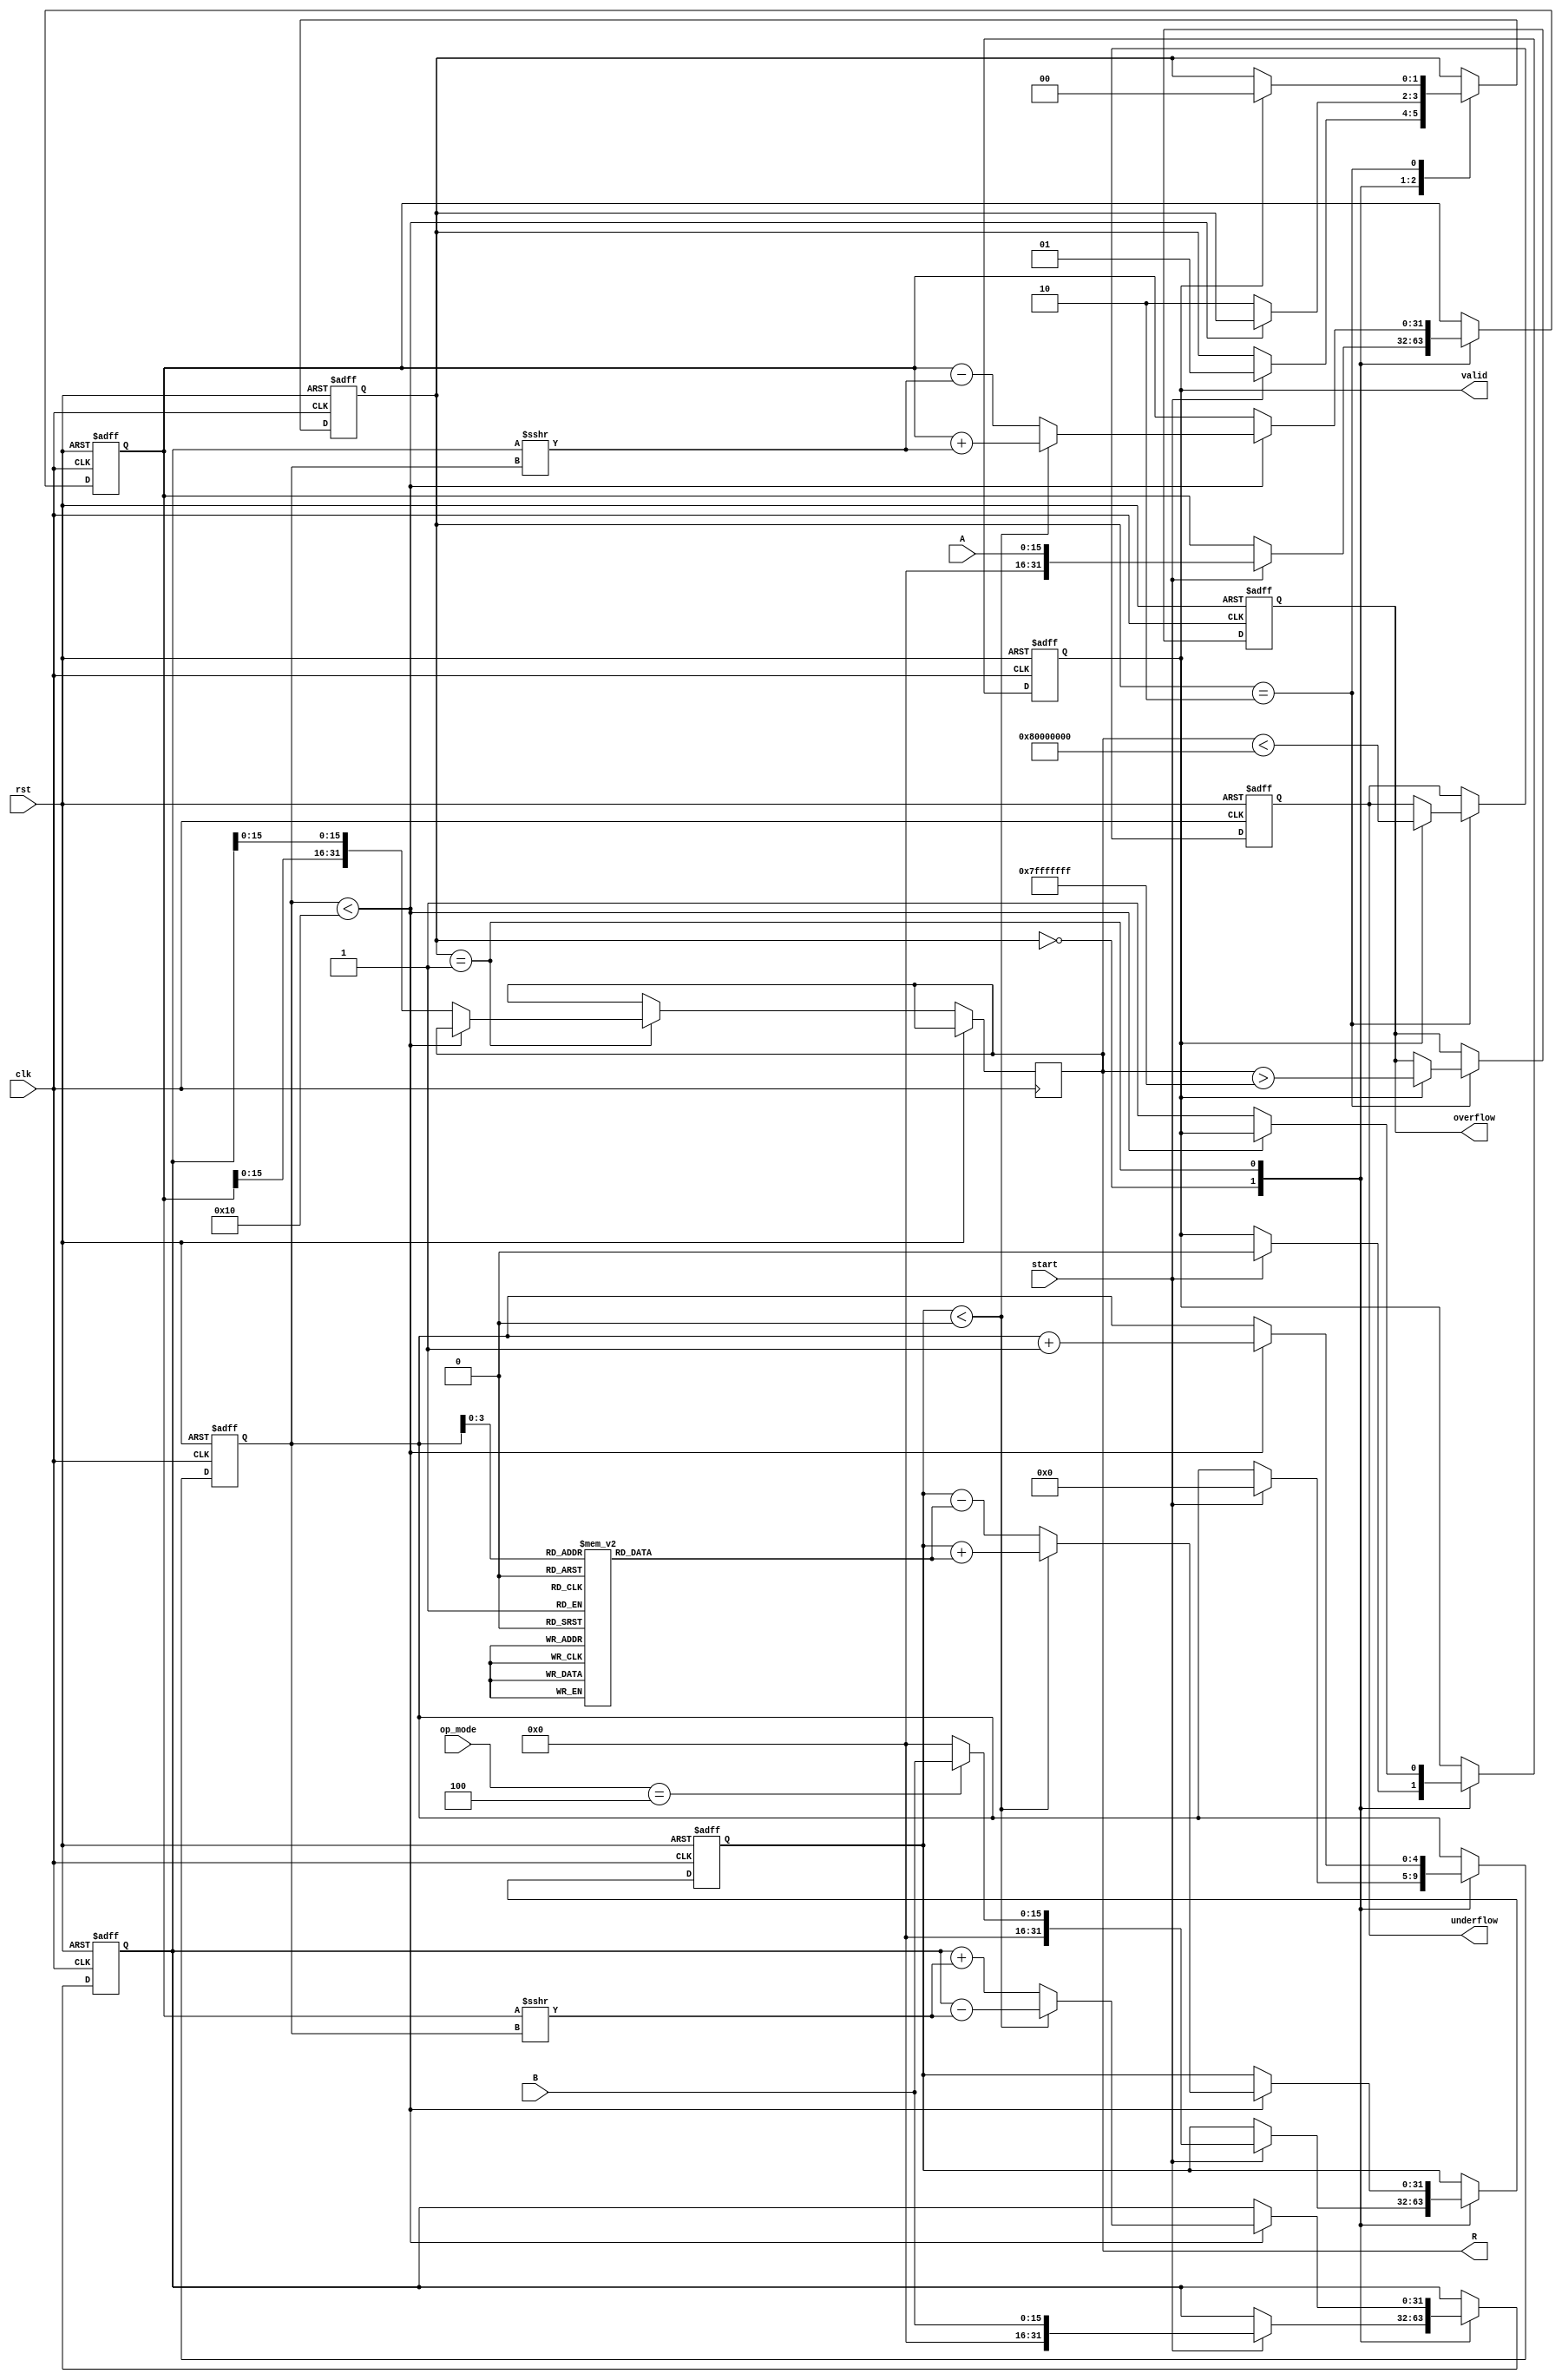
module unified_cordic (
    input wire clk,
    input wire rst,
    input wire [15:0] A, // Operand A
    input wire [15:0] B, // Operand B
    input wire [2:0] op_mode, // Operation mode: 3'b000: Add, 3'b001: Subtract, 3'b010: Multiply, 3'b011: Divide, 3'b100: Rotate
    input wire start,
    output reg [31:0] R, // Result
    output reg valid, // Result valid flag
    output reg overflow, // Overflow flag
    output reg underflow // Underflow flag
);

    // Parameters
    parameter NUM_ITERATIONS = 16; // Number of CORDIC iterations
    parameter ANGLE_WIDTH = 16; // Width of angle values
    reg [ANGLE_WIDTH-1:0] angle_table [0:NUM_ITERATIONS-1]; // Angle lookup table
    reg [31:0] x, y, z; // CORDIC variables
    reg [4:0] iteration; // Iteration counter
    reg [1:0] state; // State machine for operation control

    // State definitions
    localparam IDLE = 2'b00;
    localparam COMPUTE = 2'b01;
    localparam DONE = 2'b10;

    // Initialize angle table (arctan values)
    initial begin
        angle_table[0] = 16'h0000; // atan(0)
        angle_table[1] = 16'h2000; // atan(1)
        angle_table[2] = 16'h1000; // atan(0.5)
        // ... (fill in other angles)
    end

    // CORDIC computation
    always @(posedge clk or posedge rst) begin
        if (rst) begin
            x <= 32'h00000000;
            y <= 32'h00000000;
            z <= 32'h00000000;
            iteration <= 0;
            state <= IDLE;
            valid <= 0;
            overflow <= 0;
            underflow <= 0;
        end else begin
            case (state)
                IDLE: begin
                    if (start) begin
                        // Initialize CORDIC variables based on operation mode
                        x <= A;
                        y <= B;
                        z <= (op_mode == 3'b100) ? B : 32'h00000000; // Set z for rotation
                        iteration <= 0;
                        state <= COMPUTE;
                        valid <= 0;
                    end
                end

                COMPUTE: begin
                    if (iteration < NUM_ITERATIONS) begin
                        // Perform CORDIC rotation or vectoring
                        if (z < 0) begin
                            // Clockwise rotation
                            x <= x + (y >>> iteration);
                            y <= y - (x >>> iteration);
                            z <= z + angle_table[iteration];
                        end else begin
                            // Counterclockwise rotation
                            x <= x - (y >>> iteration);
                            y <= y + (x >>> iteration);
                            z <= z - angle_table[iteration];
                        end
                        iteration <= iteration + 1;
                    end else begin
                        // Finished computation
                        R <= {x[15:0], y[15:0]}; // Combine results
                        valid <= 1;
                        state <= DONE;
                    end
                end

                DONE: begin
                    // Handle output flags and reset state
                    if (valid) begin
                        // Check for overflow/underflow conditions
                        overflow <= (R > 32'h7FFFFFFF);
                        underflow <= (R < 32'h80000000);
                        state <= IDLE; // Go back to idle
                    end
                end
            endcase
        end
    end
endmodule